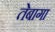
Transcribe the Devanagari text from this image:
तेबागा